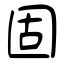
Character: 固